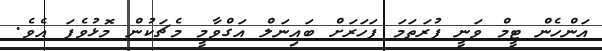
އަންހެން ޓީމް ވަނީ ފުރަތަމަ ފަހަރަށް ބައިނަލް އަގްވާމީ މެޗަކުން މޮޅުވެފަ އެވެ.